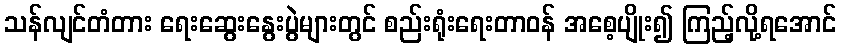
သန်လျင်တံတား ရေးဆွေးနွေးပွဲများတွင် စည်းရုံးရေးတာဝန် အစေ့ပျိုး၍ ကြည့်လို့ရအောင်